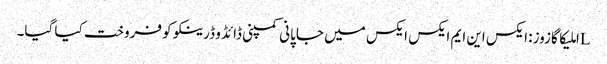
Lاملیکا گازوز: ایکس این ایم ایکس ایکس میں جاپانی کمپنی ڈائڈو ڈرینکو کو فروخت کیا گیا۔